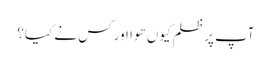
آپ پر ظلم کیوں ھوا اور کس نے کیا؟